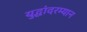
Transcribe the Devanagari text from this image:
युद्धांदरम्यान